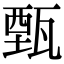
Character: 甄